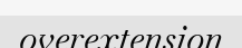
overextension